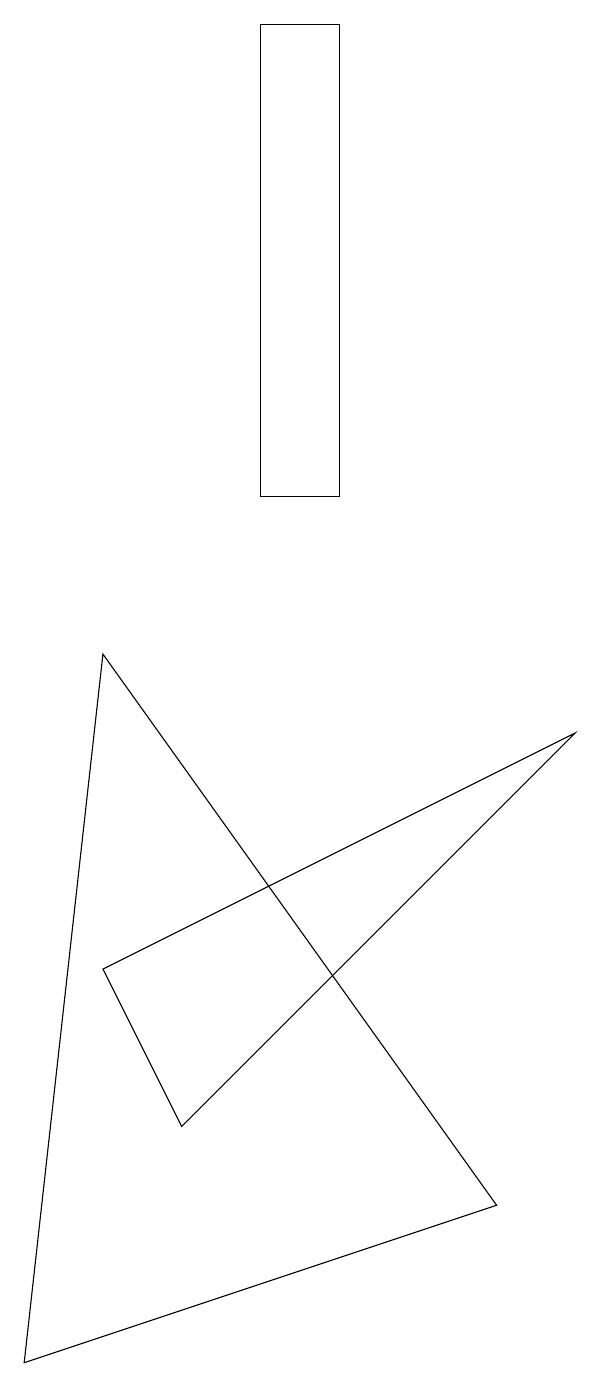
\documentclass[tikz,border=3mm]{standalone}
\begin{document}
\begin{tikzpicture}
\draw (5,17) rectangle (6,11);
\draw (2,0) -- (8,2) -- (3,9) -- cycle;
\draw (3,5) -- (9,8) -- (4,3) -- cycle;
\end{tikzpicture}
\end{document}